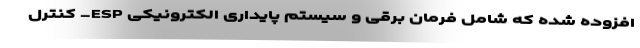
افزوده شده که شامل فرمان برقی و سیستم پایداری الکترونیکی ESP- کنترل